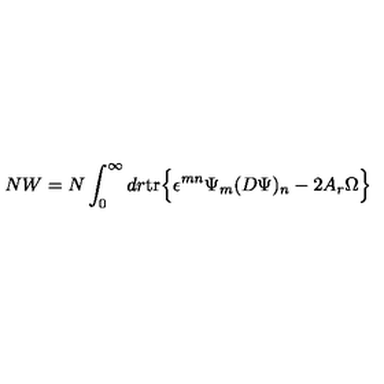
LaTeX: N W = N \int _ { 0 } ^ { \infty } d r \mathrm { t r } \Bigr \{ \epsilon ^ { m n } \Psi _ { m } ( D \Psi ) _ { n } - 2 A _ { r } \Omega \Bigl \}